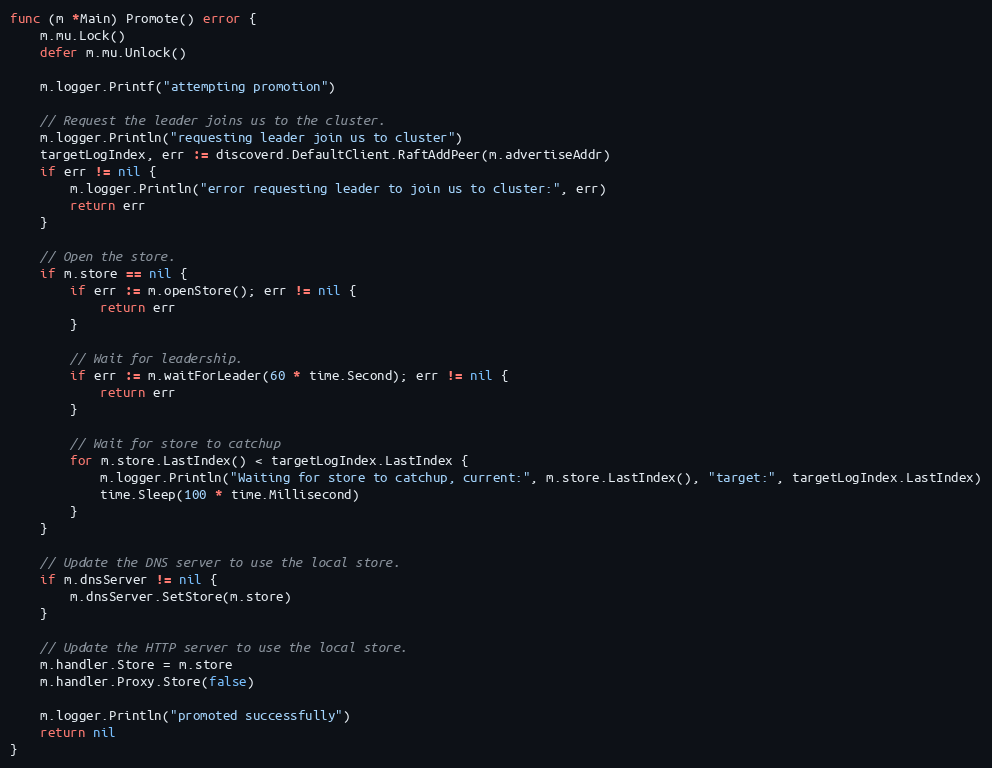
Language: Go
func (m *Main) Promote() error {
	m.mu.Lock()
	defer m.mu.Unlock()

	m.logger.Printf("attempting promotion")

	// Request the leader joins us to the cluster.
	m.logger.Println("requesting leader join us to cluster")
	targetLogIndex, err := discoverd.DefaultClient.RaftAddPeer(m.advertiseAddr)
	if err != nil {
		m.logger.Println("error requesting leader to join us to cluster:", err)
		return err
	}

	// Open the store.
	if m.store == nil {
		if err := m.openStore(); err != nil {
			return err
		}

		// Wait for leadership.
		if err := m.waitForLeader(60 * time.Second); err != nil {
			return err
		}

		// Wait for store to catchup
		for m.store.LastIndex() < targetLogIndex.LastIndex {
			m.logger.Println("Waiting for store to catchup, current:", m.store.LastIndex(), "target:", targetLogIndex.LastIndex)
			time.Sleep(100 * time.Millisecond)
		}
	}

	// Update the DNS server to use the local store.
	if m.dnsServer != nil {
		m.dnsServer.SetStore(m.store)
	}

	// Update the HTTP server to use the local store.
	m.handler.Store = m.store
	m.handler.Proxy.Store(false)

	m.logger.Println("promoted successfully")
	return nil
}